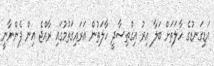
އަޑިގަނޑުގެ ހާލަތަށް ބަލާ އިރު އިގްތިސާދީ ހާލަތުން އަރައިގަތުމުގައި ރާއްޖެ އިން ފެންނާނީ